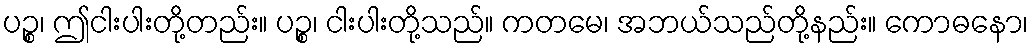
ပဉ္စ၊ ဤငါးပါးတို့တည်း။ ပဉ္စ၊ ငါးပါးတို့သည်။ ကတမေ၊ အဘယ်သည်တို့နည်း။ ကောဓနော၊